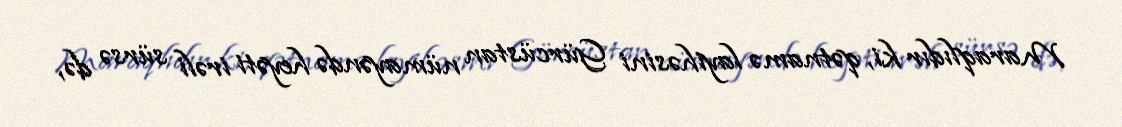
Maraqlıdır ki, qətnamə layihəsini Gürcüstan nümayəndə heyəti irəli sürsə də,